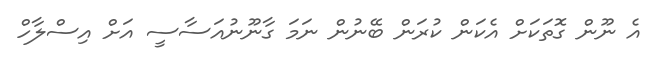
އެ ނޫން ގޮތަކަށް އެކަން ކުރަން ބޭނުން ނަމަ ގާނޫނުއަސާސީ އަށް އިސްލާހް